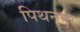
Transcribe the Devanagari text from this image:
पिथनपुर